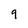
Character: q